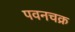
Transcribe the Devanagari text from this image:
पवनचक्र